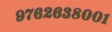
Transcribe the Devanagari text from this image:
९७६२६३८००१